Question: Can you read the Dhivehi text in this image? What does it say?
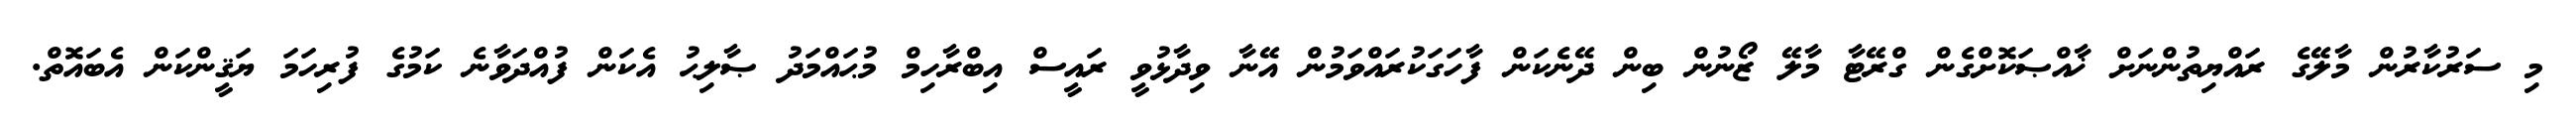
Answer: މި ސަރުކާރުން މާލޭގެ ރައްޔިތުންނަށް ޚާއްޞަކޮށްގެން ގްރޭޓާ މާލޭ ޒޯނުން ބިން ދޭނެކަން ފާހަގަކުރައްވަމުން އޭނާ ވިދާޅުވީ ރައީސް އިބްރާހިމް މުޙައްމަދު ޞާލިޙު އެކަން ފުއްދަވާނެ ކަމުގެ ފުރިހަމަ ޔަޤީންކަން އެބައޮތް.